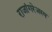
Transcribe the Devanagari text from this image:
राजांगरेजस्य